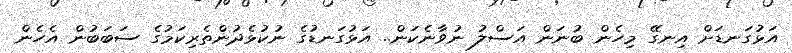
އަޅުގަނޑަށް އިނގޭ މިހެން ބުނަން އަސްލު ނުވާނެކަން.. އަޅުގަނޑުގެ ނުކުޅެދުންތެރިކަމުގެ ސަބަބުން އެހެން